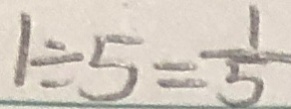
1 \div 5 = \frac { 1 } { 5 }